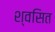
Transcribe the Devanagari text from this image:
श्वसित